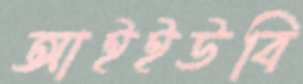
আইইউবি